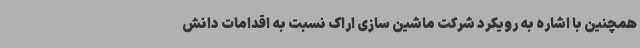
همچنین با اشاره به رویکرد شرکت ماشین سازی اراک نسبت به اقدامات دانش